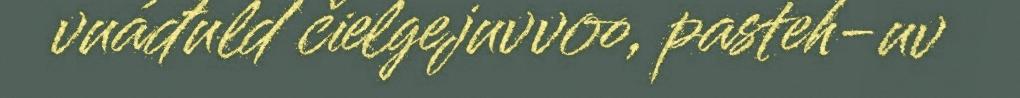
vuáđuld čielgejuvvoo, pasteh-uv